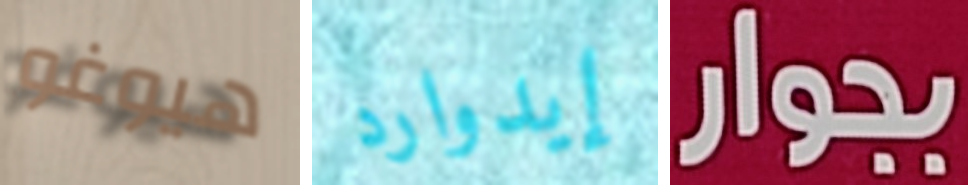
هيوغو إيدوارد بجوار